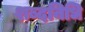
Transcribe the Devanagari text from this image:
शब्दनिधि